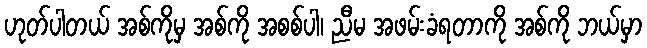
ဟုတ်ပါတယ် အစ်ကိုမှ အစ်ကို အစစ်ပါ၊ ညီမ အဖမ်းခံရတာကို အစ်ကို ဘယ်မှာ